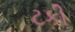
ટકી